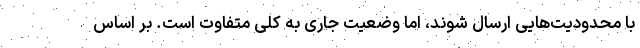
با محدودیت‌هایی ارسال شوند، اما وضعیت جاری به کلی متفاوت است. بر اساس